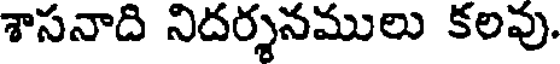
శాసనాది నిదర్శనములు కలవు.